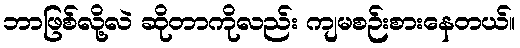
ဘာဖြစ်လို့လဲ ဆိုတာကိုလည်း ကျမစဉ်းစားနေတယ်။